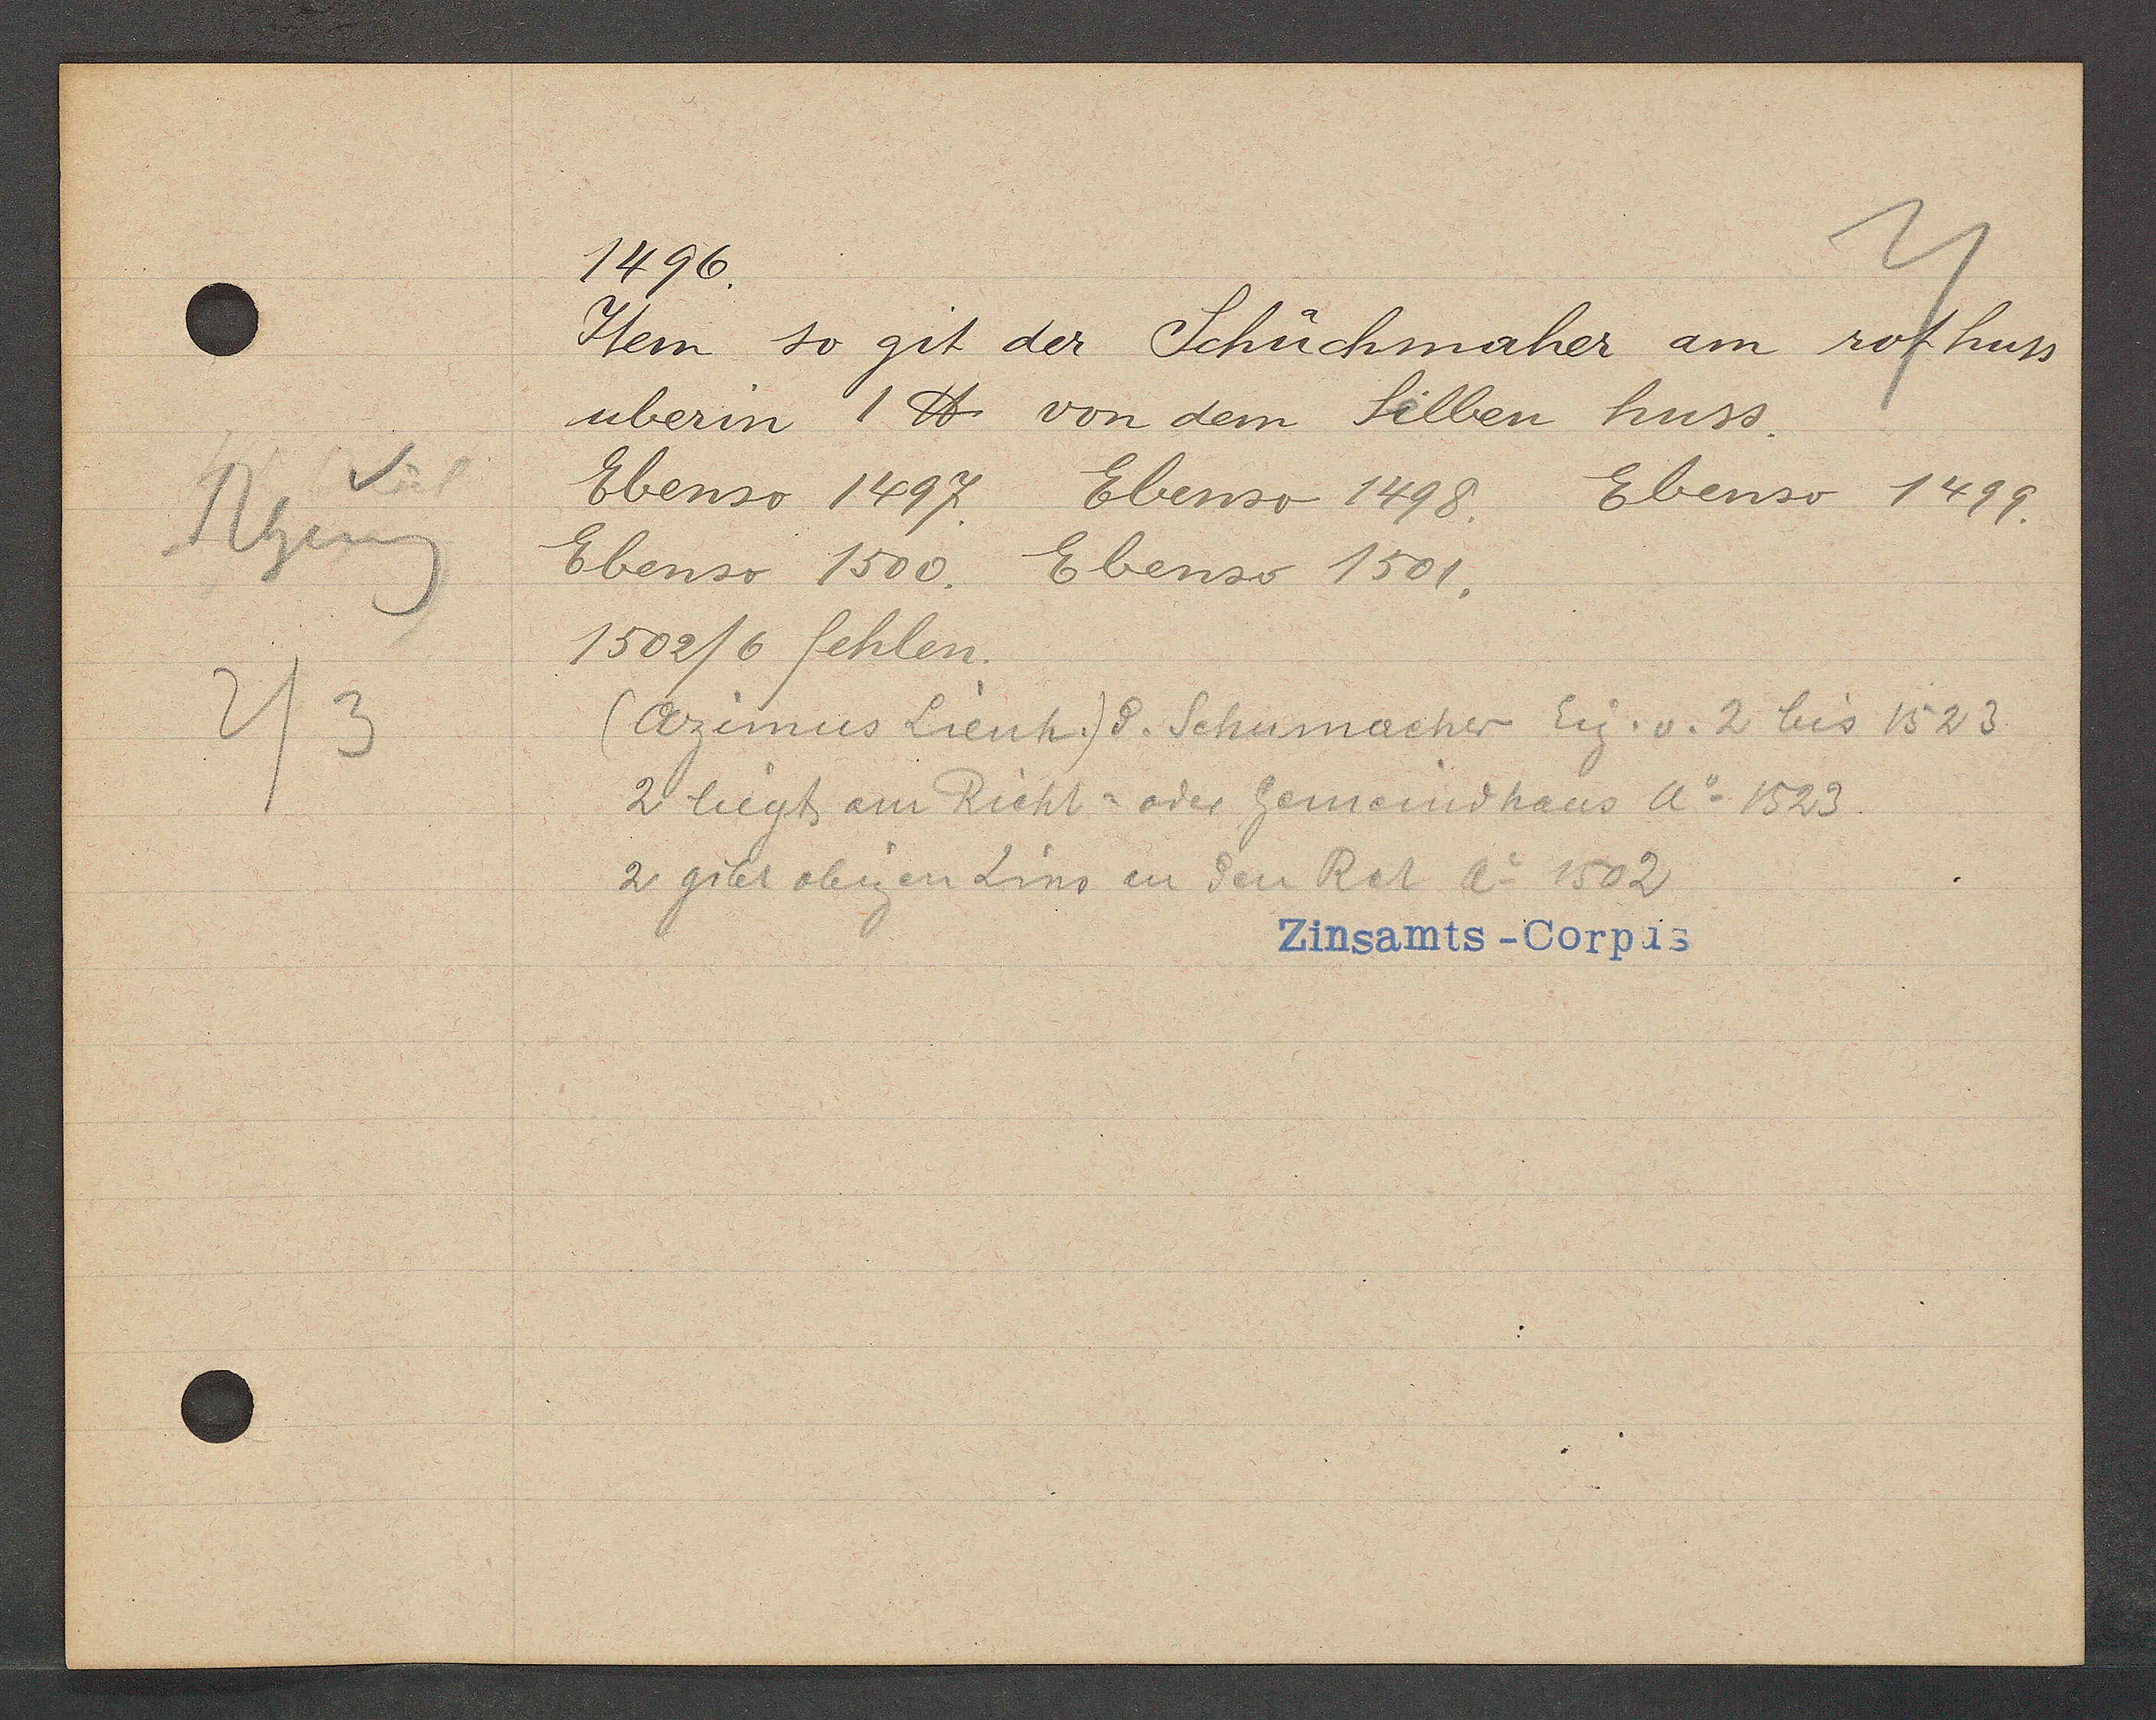
Transcript:
v
Rheing
2/3

1496.

Item so git der Schuchmaher am rot huss
uberin 1 ℔ von dem Silben huss.
Ebenso 1497. Ebenso 1498. Ebenso 1499.
Ebenso 1500. Ebenso 1501.
1502/6 fehlen.
(Azimus Lienh.) d. Schumacher Eig. v. 2 bis 1523
2 liegt am Richt = oder Gemeindhaus Ao 1523
2 gibt obigen Zins an den Rat Ao 1502

Zinsamts--Corpus